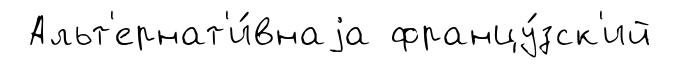
Альт'ернат'и́внаjа францу́зск'ий